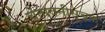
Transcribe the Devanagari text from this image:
चेतावनीसूचक